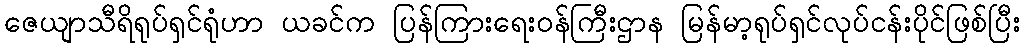
ဇေယျာသီရိရုပ်ရှင်ရုံဟာ ယခင်က ပြန်ကြားရေးဝန်ကြီးဌာန မြန်မာ့ရုပ်ရှင်လုပ်ငန်းပိုင်ဖြစ်ပြီး